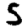
Digit: 5